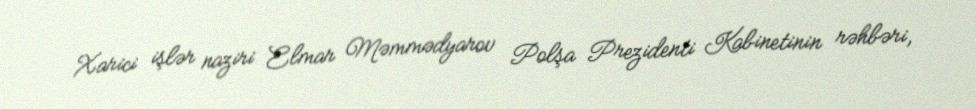
Xarici işlər naziri Elmar Məmmədyarov Polşa Prezidenti Kabinetinin rəhbəri,